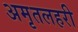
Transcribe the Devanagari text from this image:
अमृतलहरी